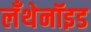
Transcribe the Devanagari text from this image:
लँथेनॉइड